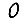
Digit: 0